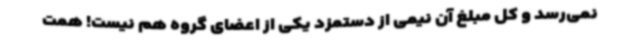
نمی‌رسد و کل مبلغ آن نیمی از دستمزد یکی از اعضای گروه هم نیست! همت